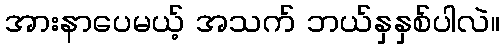
အားနာပေမယ့် အသက် ဘယ်နှနှစ်ပါလဲ။